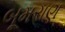
બૂમરાણ